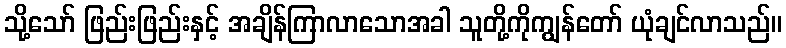
သို့သော် ဖြည်းဖြည်းနှင့် အချိန်ကြာလာသောအခါ သူတို့ကိုကျွန်တော် ယုံချင်လာသည်။